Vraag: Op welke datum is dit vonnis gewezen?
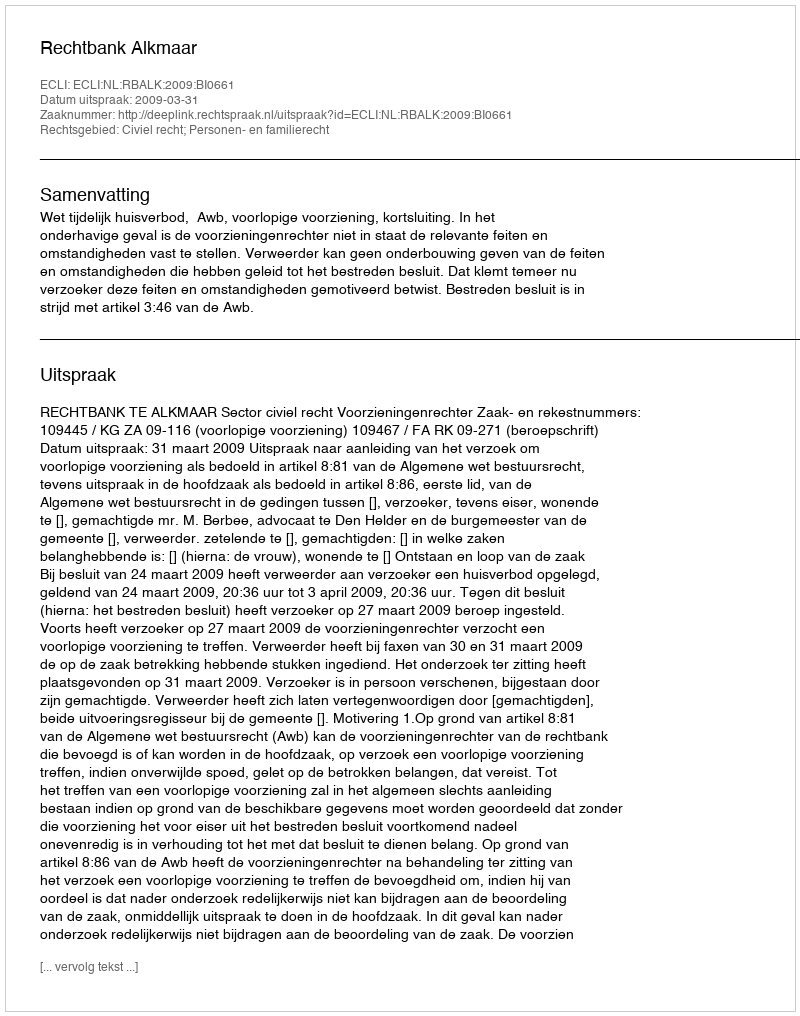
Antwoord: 2009-03-31